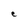
Character: e